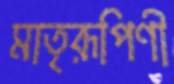
মাতৃরূপিণী